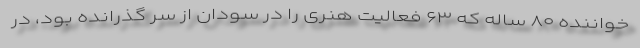
خواننده ۸۰ ساله که ۶۳ فعالیت هنری را در سودان از سر گذرانده بود، در